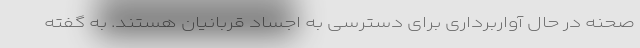
صحنه در حال آواربرداری برای دسترسی به اجساد قربانیان هستند. به گفته